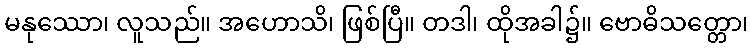
မနုဿော၊ လူသည်။ အဟောသိ၊ ဖြစ်ပြီ။ တဒါ၊ ထိုအခါ၌။ ဗောဓိသတ္တော၊